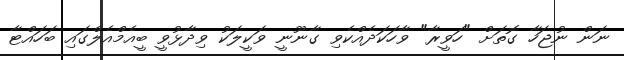
ނަން ނުޖަހާ ގޮތަށް "ހަވީރާ" ވާހަކަދެއްކެވި ގާނޫނީ ވަކީލަކު ވިދާޅުވީ ބީއެމްއެލްގައި ބަހައްޓާ